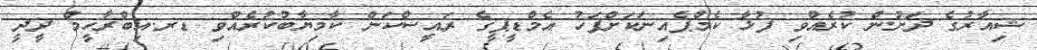
ޝިއާރުގެ ދަށުން ކުރެއްވި ފުޅާ ކެމްޕެއިނަކަށްފަހު އެމްޑީޕީގެ ރައީސްކަން ކާމިޔާބުކުރެއްވި ޑރ.އިބްރާހީމް ދީދީ